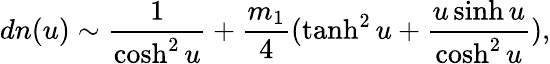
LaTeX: dn(u)\sim\frac{1}{\cosh^{2}u}+\frac{m_{1}}{4}(\operatorname{tanh}^{2}u+\frac{u\sinh u}{\cosh^{2}u}),